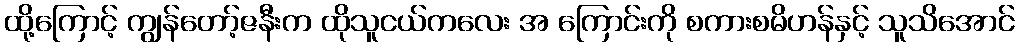
ထို့ကြောင့် ကျွန်တော့်ဇနီးက ထိုသူငယ်ကလေး အ ကြောင်းကို စကားစမိဟန်နှင့် သူသိအောင်